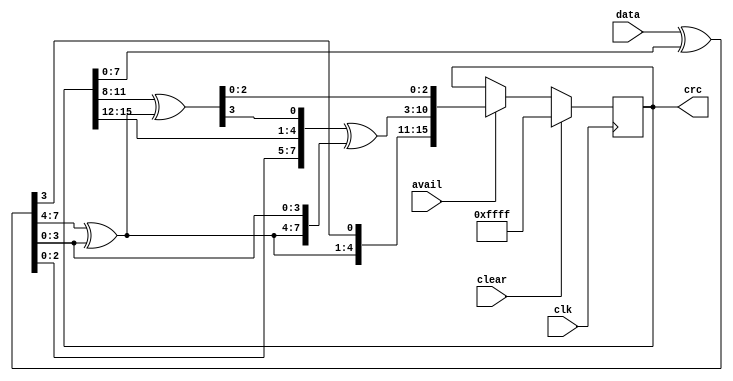
// Calculate crc16-ccitt
//
// Copyright (C) 2023  Kevin O'Connor <kevin@koconnor.net>
//
// This file may be distributed under the terms of the GNU GPLv3 license.

module crc16ccitt (
    input clk,
    input clear,
    input [7:0] data, input avail,
    output reg [15:0] crc
    );

    wire [7:0] xd1 = data ^ crc[7:0];
    wire [7:0] xd2 = {xd1[7:4] ^ xd1[3:0], xd1[3:0]};
    wire [15:0] c1 = {xd2, crc[15:12], crc[11:8] ^ xd2[7:4]};
    wire [15:0] c2 = {c1[15:11], c1[10:3] ^ xd2, c1[2:0]};
    always @(posedge clk) begin
        if (clear) begin
            crc <= 16'hffff;
        end else if (avail) begin
            crc <= c2;
        end
    end

endmodule